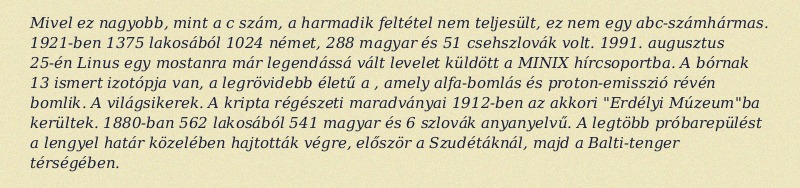
Mivel ez nagyobb, mint a c szám, a harmadik feltétel nem teljesült, ez nem egy abc-számhármas. 1921-ben 1375 lakosából 1024 német, 288 magyar és 51 csehszlovák volt. 1991. augusztus 25-én Linus egy mostanra már legendássá vált levelet küldött a MINIX hírcsoportba. A bórnak 13 ismert izotópja van, a legrövidebb életű a , amely alfa-bomlás és proton-emisszió révén bomlik. A világsikerek. A kripta régészeti maradványai 1912-ben az akkori "Erdélyi Múzeum"ba kerültek. 1880-ban 562 lakosából 541 magyar és 6 szlovák anyanyelvű. A legtöbb próbarepülést a lengyel határ közelében hajtották végre, először a Szudétáknál, majd a Balti-tenger térségében.